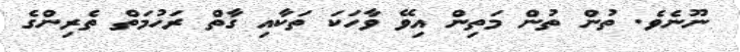
ނޫނެވެ. ތުން ތުން މަތިން އިވޭ ވާހަކަ ތަކާއި ގާތް ރަހުމަތް ތެރިންގެ